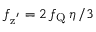
f _ { \mathrm { z ^ { ' } } } = 2 \, f _ { \mathrm { Q } } \, \eta \, / 3